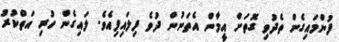
ފުންމައިގެން ތެދުވި ގޮތަށް އީމާން އެތަނުން ދުވެ ފިލައިފިއެވެ. ލައިގެން ހުރި އަތްކުރު